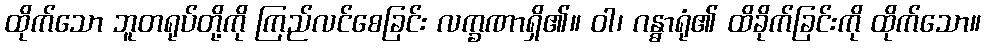
ထိုက်သော ဘူတရုပ်တို့ကို ကြည်လင်စေခြင်း လက္ခဏာရှိ၏။ ဝါ၊ ဂန္ဓာရုံ၏ ထိခိုက်ခြင်းကို ထိုက်သော။